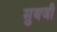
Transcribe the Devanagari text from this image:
सुबजी